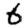
Digit: 6